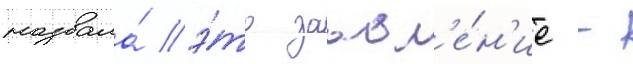
назвала́ э́то заавл'е́н'ие -